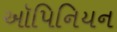
ઑપિનિયન